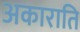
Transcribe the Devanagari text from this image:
अकाराति